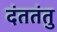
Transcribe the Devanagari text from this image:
दंततंतु